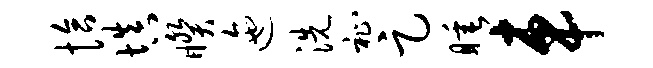
恰填睽迤洗祉足睡车